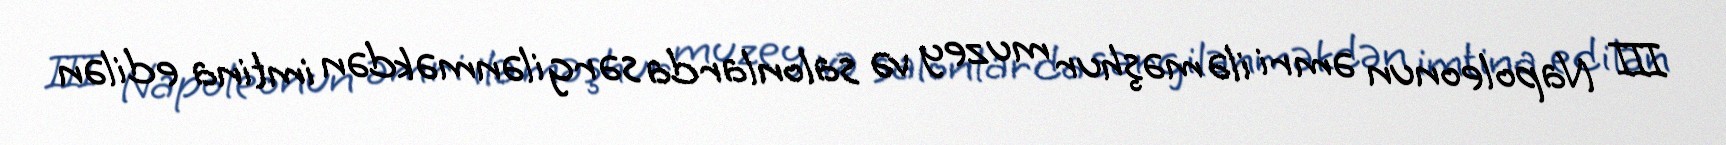
III Napoleonun əmri ilə məşhur muzey və salonlarda sərgilənməkdən imtina edilən